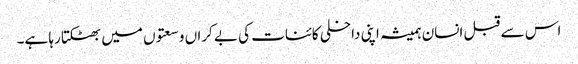
اس سے قبل انسان ہمیشہ اپنی داخلی کائنات کی بے کراں وسعتوں میں بھٹکتا رہا ہے۔